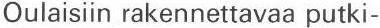
Oulaisiin rakennettavaa putki-